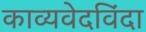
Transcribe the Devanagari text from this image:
काव्यवेदविंदा